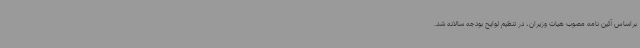
براساس آئین نامه مصوب هیات وزیران، در تنظیم لوایح بودجه سالانه شد.